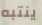
ينتبه